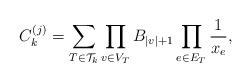
LaTeX: \begin{align*}C^{(j)}_k=\sum_{T\in\mathcal{T}_k} \prod_{v\in V_T} B_{|v|+1}\prod_{e\in E_T}\frac{1}{x_e},\end{align*}